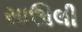
સાઊલી